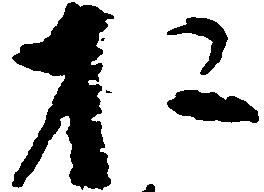
お